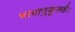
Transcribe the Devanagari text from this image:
भावानुकूलहै।